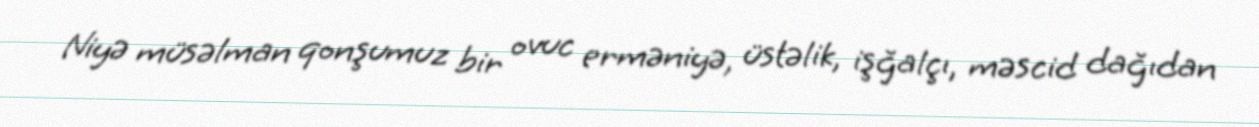
Niyə müsəlman qonşumuz bir ovuc erməniyə, üstəlik, işğalçı, məscid dağıdan